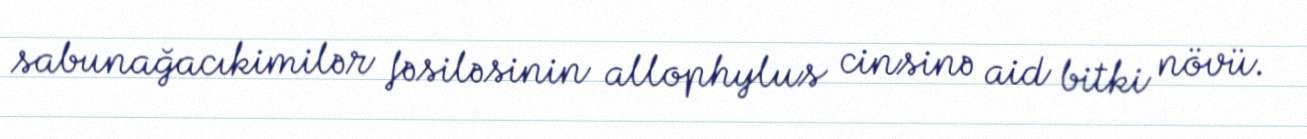
sabunağacıkimilər fəsiləsinin allophylus cinsinə aid bitki növü.